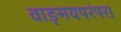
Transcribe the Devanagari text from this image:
वाङ्मयपरंपरा